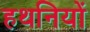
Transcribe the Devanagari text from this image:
हथनियों